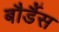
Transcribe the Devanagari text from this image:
बौर्डैस